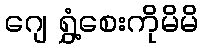
ဂျေ ရွှံ့စေးကိုမိမိ